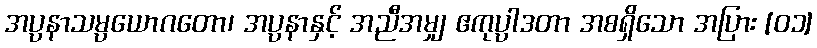
အပ္ပနာသမ္ပယောဂတော၊ အပ္ပနာနှင့် အညီအမျှ ဧကုပ္ပါဒတာ အစရှိသော အပြား [၀၁]